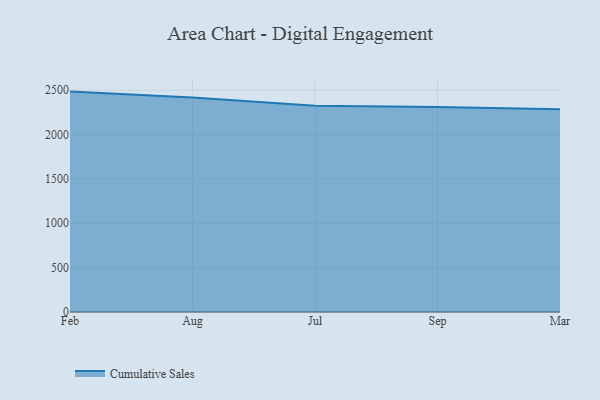
{"axis": {"x": "Month", "y": "Demand Index"}, "legend": ["Cumulative Sales"], "data": [{"x": "Feb", "y": 2484.5, "type": "Cumulative Sales"}, {"x": "Aug", "y": 2418.5, "type": "Cumulative Sales"}, {"x": "Jul", "y": 2326.2, "type": "Cumulative Sales"}, {"x": "Sep", "y": 2311.4, "type": "Cumulative Sales"}, {"x": "Mar", "y": 2286.0, "type": "Cumulative Sales"}]}